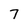
Character: 7